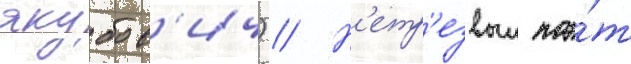
якубов'ич) // Н'етр'езвыи поэ́т